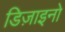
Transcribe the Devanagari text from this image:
डिज़ाइनो